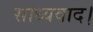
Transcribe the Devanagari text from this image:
साध्यवाद।